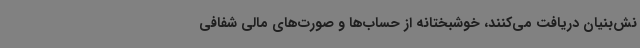
نش‌بنیان دریافت می‌کنند، خوشبختانه از حساب‌ها و صورت‌های ‌مالی شفافی